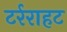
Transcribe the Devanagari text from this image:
टर्रराहट